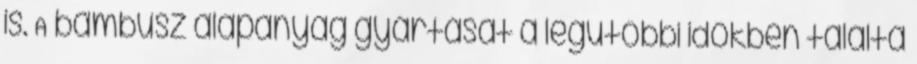
is. A bambusz alapanyag gyártását a legutóbbi időkben találta